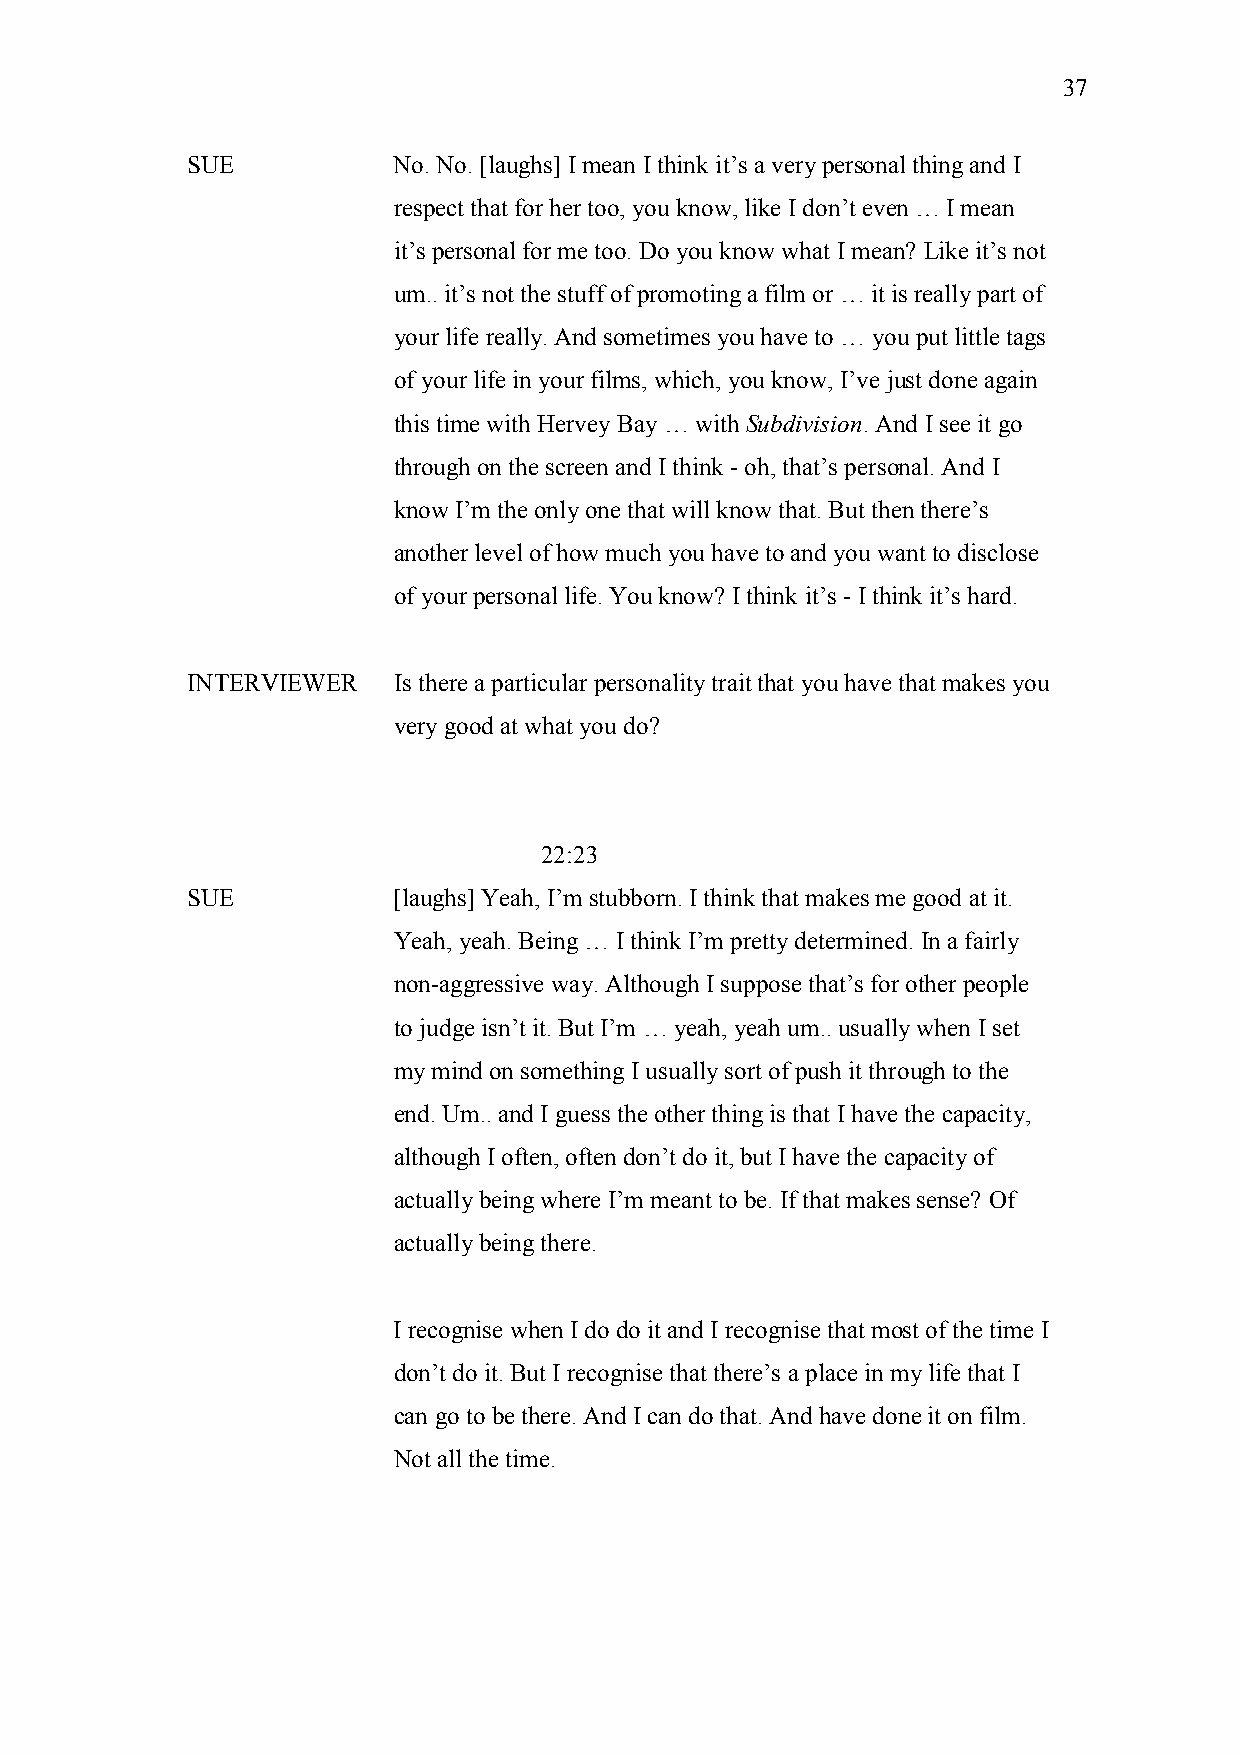
37
 SUE           No. No. [laughs] I mean I think it’s a very personal thing and I
 respect that for her too, you know, like I don’t even … I mean
 it’s personal for me too. Do you know what I mean? Like it’s not
 um.. it’s not the stuff of promoting a film or … it is really part of
 your life really. And sometimes you have to … you put little tags
 of your life in your films, which, you know, I’ve just done again
 this time with Hervey Bay … with Subdivision. And I see it go
 through on the screen and I think - oh, that’s personal. And I
 know I’m the only one that will know that. But then there’s
 another level of how much you have to and you want to disclose
 of your personal life. You know? I think it’s - I think it’s hard.
 INTERVIEWER   Is there a particular personality trait that you have that makes you
 very good at what you do?
 22:23
 SUE           [laughs] Yeah, I’m stubborn. I think that makes me good at it.
 Yeah, yeah. Being … I think I’m pretty determined. In a fairly
 non-aggressive way. Although I suppose that’s for other people
 to judge isn’t it. But I’m … yeah, yeah um.. usually when I set
 my mind on something I usually sort of push it through to the
 end. Um.. and I guess the other thing is that I have the capacity,
 although I often, often don’t do it, but I have the capacity of
 actually being where I’m meant to be. If that makes sense? Of
 actually being there.
 I recognise when I do do it and I recognise that most of the time I
 don’t do it. But I recognise that there’s a place in my life that I
 can go to be there. And I can do that. And have done it on film.
 Not all the time.